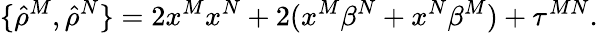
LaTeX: \{ {\hat{\rho}}^{M},{\hat{\rho}}^{N}\} =2x^{M}x^{N}+2(x^{M}\beta^{N}+x^{N}\beta^{M})+\tau^{MN}.